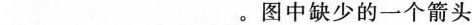
___。图中缺少的一个箭头